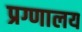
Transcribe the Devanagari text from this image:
प्रग्णालय